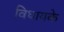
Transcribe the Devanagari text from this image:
विधायके